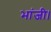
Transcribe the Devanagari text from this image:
भांजी।